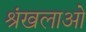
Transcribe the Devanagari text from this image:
श्रंखलाओ